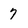
Character: 7